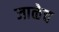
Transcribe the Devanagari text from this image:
जाळेच